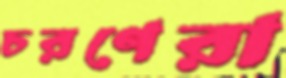
চরণেরা